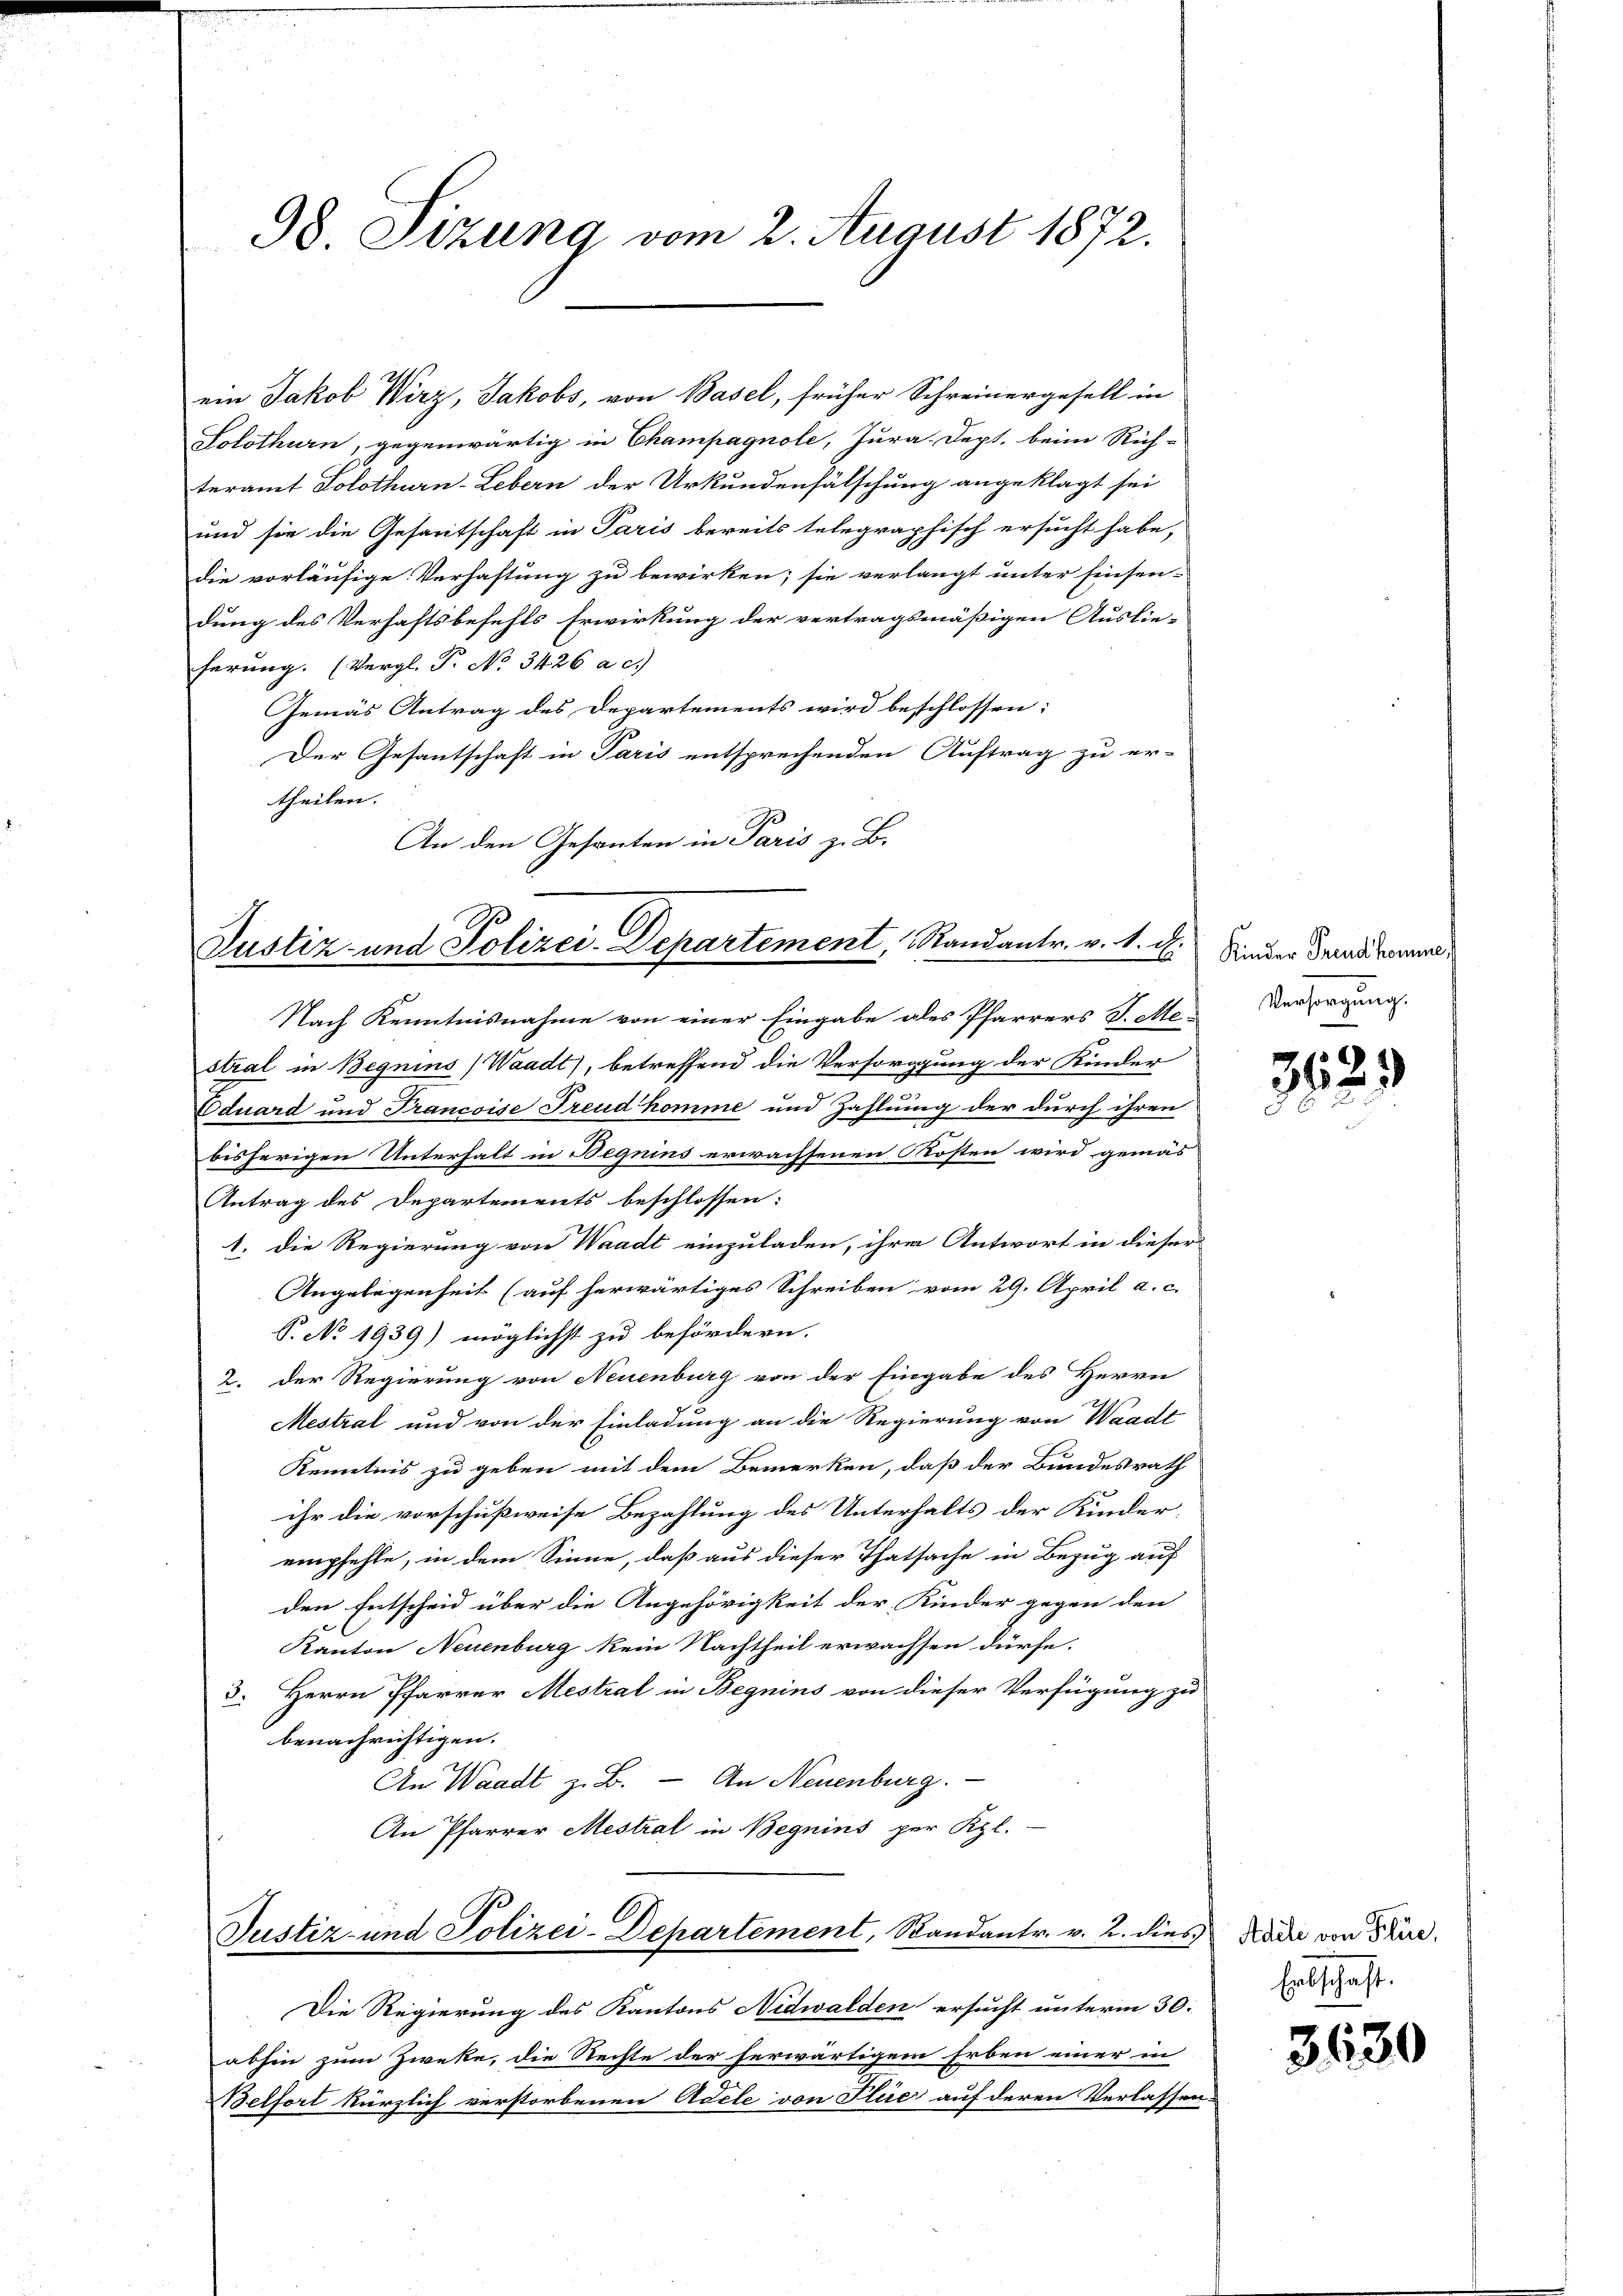
98. Stzung vom 2. August 1872.

ein Jakob Wirz, Jakobs, von Basel, früher Schreinergesell in
Solothurn, gegenwärtig in Champagnole, Jura. Sept. beim Rich-
teramt Solothurn-Lebern der Urkundenfälschung angeklagt sei
und sie die Gesaritschaft in Paris bereits telegraphisch ersucht habe,
die vorläufige Verhaftung zu bewirken; sie verlangt unter finsen
dung des Verhaftsbefehls Erwirkung der vertragsmäßigen Auslie-
ferung. (Vergl. P. No 3426 a. c.)
Gemäs Antrag des Departements wird beschlossen:
Der Gesantschaft in Paris entsprechenden Auftrag zu er-
theilen.
9
An den Gesanten in Paris z. B.

Justiz- und Polizei-Departement, Randantr. v. d. d.

Nach Kenntnisnahme von einer Eingabe ales Pfarrers S. Mestral in Begnins (Waadt), betreffend die Versorgung der Kinder
Eduard und Francoise Freud komme und Zahlung der durch ihren
bisherigen Unterhalt in Beguins erwachsenen Kosten wird gemäs
Antrag des Departements beschlossen:
1. die Regierung von Waadt einzuladen, ihre Antwort in dieser
Angelegenheit (auf herwärtiges Schreiben vom 29. April a. c.
P. No 1939) möglichst zu befördern.
2. der Regierung von Neuenburg von der Eingabe des Herrn
Mestrat und von der Einladung an die Regierung von Waadt
Kenntnis zu geben mit dem Bemerken, daß der Bundesrath
ihr die vorschußweise Bezahlung des Unterhalts der Kinder-
empfehle, in dem Sinne, daß aus dieser Thatsache in Bezug auf
den Entscheid über die Angehörigkeit der Kinder gegen den
Kanton Neuenburg kein Nachtheil erwachsen dürfe.
3. Herrn Pfarrer Mestral in Begnins von dieser Verfügung zu
benachrichtigen.
An Waadt z. B. — An Neuenburg.
An Pfarrer Mestral in Begnins per Kgl.
Justiz- und Polizei-Departement, Standantr. v. 2. dies Rade von Stud.
Die Regierung des Kantons Nidwalden ersucht unterm 30.
abhin zum Zweke, die Rechte der herwärtigem Erben einer in
Belfort kürzlich verstorbenen Adele von Flue auf deren Verlassen-

Kinder Freud homine,
Versorgung.

3629
.
E

Erbschaft.

3630